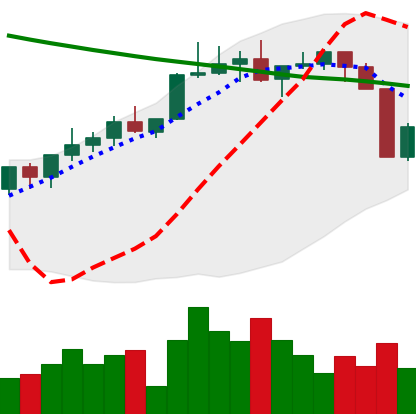
Ticker: XLM-USD
Chart end date: 2022-04-07
Forward return: -9.542%
Label: down_7plus